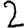
Digit: 2